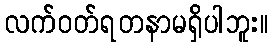
လက်ဝတ်ရတနာမရှိပါဘူး။